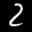
Label: 2